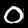
Digit: 0